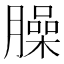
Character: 臊